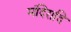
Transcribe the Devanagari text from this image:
मंदिरादि